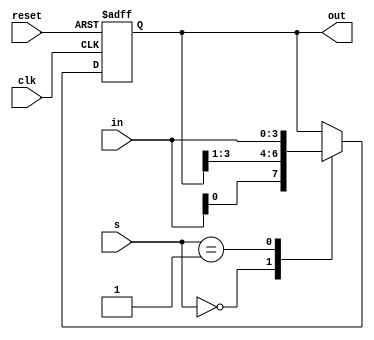
// Code your design here
module Shift_register(
  input clk,
  input reset,
  input [3:0] in,
  input [1:0] s,
  output reg [3:0] out
);
  
  always @(posedge clk or posedge reset) begin
    
    if (reset)
      out <= 4'b0000;
    
    else
      case(s)
        1'b0: out <= {in, out[3:1]};
        
        1'b1: out <= {out[2:0],in};
        
      endcase
  
  end
  
endmodule